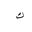
Letter: _kaf